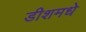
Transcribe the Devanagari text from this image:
डीशमधे